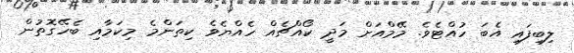
ލިބިފައި އެބަ ހުއްޓެވެ. މޭމްއަށް މަދީ ކޯއްޗެއް ހެއްޔެވެ ކިތަންމެ މިކަމާއި ބެހޭގޮތުން